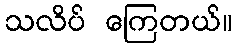
သလိပ် ကြေတယ်။